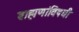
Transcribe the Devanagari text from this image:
ब्राह्मणांविषयी